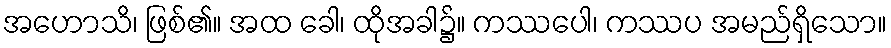
အဟောသိ၊ ဖြစ်၏။ အထ ခေါ၊ ထိုအခါ၌။ ကဿပေါ၊ ကဿပ အမည်ရှိသော။